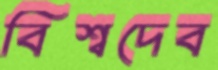
বিশ্বদেব